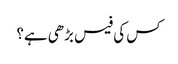
کس کی فیس بڑھی ہے؟